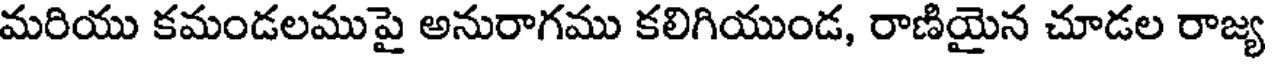
మరియు కమండలముపై అనురాగము కలిగియుండ, రాణియైన చూడల రాజ్య